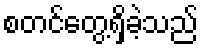
စတင်တွေ့ရှိခဲ့သည်